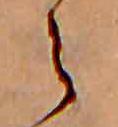
ら